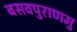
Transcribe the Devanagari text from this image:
बसवपुराणमु